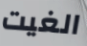
الغيت